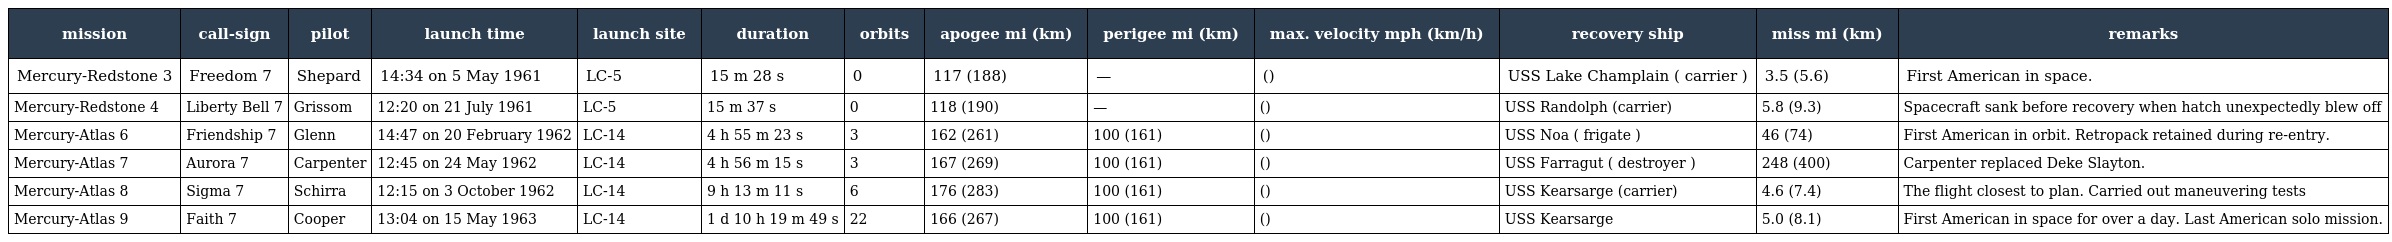
| mission | call-sign | pilot | launch time | launch site | duration | orbits | apogee mi (km) | perigee mi (km) | max. velocity mph (km/h) | recovery ship | miss mi (km) | remarks |
 | --- | --- | --- | --- | --- | --- | --- | --- | --- | --- | --- | --- | --- |
 | Mercury-Redstone 3 | Freedom 7 | Shepard | 14:34 on 5 May 1961 | LC-5 | 15 m 28 s | 0 | 117 (188) | — | () | USS Lake Champlain ( carrier ) | 3.5 (5.6) | First American in space. |
 | Mercury-Redstone 4 | Liberty Bell 7 | Grissom | 12:20 on 21 July 1961 | LC-5 | 15 m 37 s | 0 | 118 (190) | — | () | USS Randolph (carrier) | 5.8 (9.3) | Spacecraft sank before recovery when hatch unexpectedly blew off |
 | Mercury-Atlas 6 | Friendship 7 | Glenn | 14:47 on 20 February 1962 | LC-14 | 4 h 55 m 23 s | 3 | 162 (261) | 100 (161) | () | USS Noa ( frigate ) | 46 (74) | First American in orbit. Retropack retained during re-entry. |
 | Mercury-Atlas 7 | Aurora 7 | Carpenter | 12:45 on 24 May 1962 | LC-14 | 4 h 56 m 15 s | 3 | 167 (269) | 100 (161) | () | USS Farragut ( destroyer ) | 248 (400) | Carpenter replaced Deke Slayton. |
 | Mercury-Atlas 8 | Sigma 7 | Schirra | 12:15 on 3 October 1962 | LC-14 | 9 h 13 m 11 s | 6 | 176 (283) | 100 (161) | () | USS Kearsarge (carrier) | 4.6 (7.4) | The flight closest to plan. Carried out maneuvering tests |
 | Mercury-Atlas 9 | Faith 7 | Cooper | 13:04 on 15 May 1963 | LC-14 | 1 d 10 h 19 m 49 s | 22 | 166 (267) | 100 (161) | () | USS Kearsarge | 5.0 (8.1) | First American in space for over a day. Last American solo mission. |